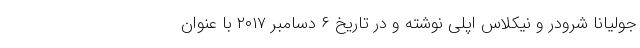
جولیانا شرودر و نیکلاس اپلی نوشته و در تاریخ ۶ دسامبر ۲۰۱۷ با عنوان